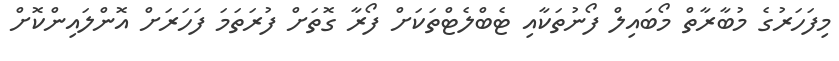
މިފަހަރުގެ މުބާރާތް މޯބައިލް ފޯނުތަކާއި ޓެބްލެޓްތަކަށް ފޯރާ ގޮތަށް ފުރަތަމަ ފަހަރަށް އޮންލައިންކޮށް